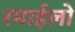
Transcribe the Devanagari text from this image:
रमाईलो